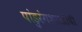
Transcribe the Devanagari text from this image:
पांडुरंगशास्त्रींची